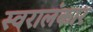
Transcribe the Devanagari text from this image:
स्वरालंकार